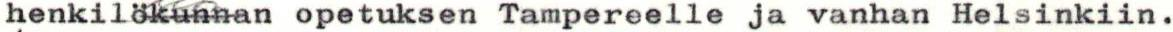
henkilökunnan opetuksen Tampereelle ja vanhan Helsinkiin.